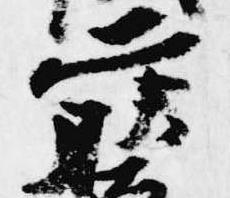
藤